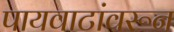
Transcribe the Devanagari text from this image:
पायवाटांवरून